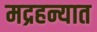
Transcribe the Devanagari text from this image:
मद्रहन्यात